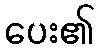
ပေး၏